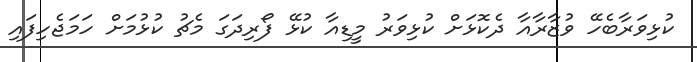
ކުޅިވަރާބެހޭ ވުޒާރާއާ ދެކޮޅަށް ކުޅިވަރު މީޑިއާ ކުޅޭ ފޯރިދަގަ މެޗު ކުޅުމަށް ހަމަޖެހިފައި